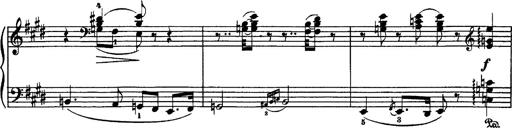
Title: Hungarian Rhapsody No.1
Composer: Franz Liszt
Key: C-sharp minor